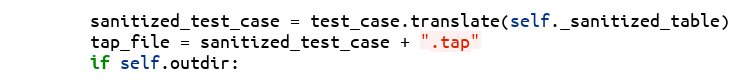
Language: Python
        sanitized_test_case = test_case.translate(self._sanitized_table)
        tap_file = sanitized_test_case + ".tap"
        if self.outdir: